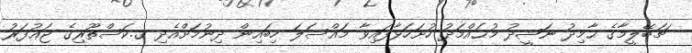
ޗަބޭލީމާގެ ޙާމިދު ނަޝީދު މުޙައްމަދު ހުށަހަޅާފައިވާ މައްސަލަ ހިބައިން ދިނުމަށްއެދި ގ.ކަސްތޫރިގެ ޖަޢުފަރު